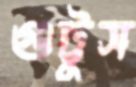
গুট্টুস